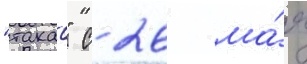
"такао" с 26 ма́я